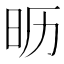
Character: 𰕵